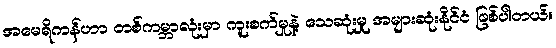
အမေရိကန်ဟာ တစ်ကမ္ဘာလုံးမှာ ကူးစက်မှုနဲ့ သေဆုံးမှု အများဆုံးနိုင်ငံ ဖြစ်ပါတယ်။